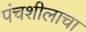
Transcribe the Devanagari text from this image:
पंचशीलाचा